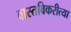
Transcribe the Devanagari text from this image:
वास्तविकरीत्या